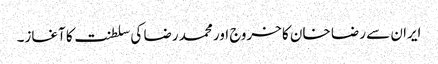
ایران سے رضا خان کا خروج اور محمد رضا کی سلطنت کا آغاز۔